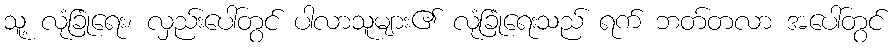
သူ့ လုံခြုံရေး၊ လှည်းပေါ်တွင် ပါလာသူများ၏ လုံခြုံရေးသည် ရက် ဘတ်တလာ အပေါ်တွင်